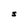
Character: S